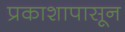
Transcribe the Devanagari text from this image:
प्रकाशापासून